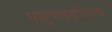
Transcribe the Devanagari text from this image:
फ्लुनाइट्रजेपाम